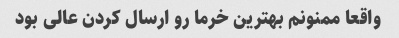
واقعا ممنونم بهترین خرما رو ارسال کردن عالی بود